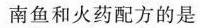
南鱼和火药配方的是